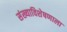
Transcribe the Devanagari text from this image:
संख्याविशेषणाला